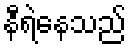
နီရဲနေသည်